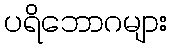
ပရိဘောဂများ